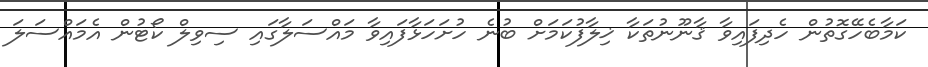
ކަމާބެހޭގޮތުން ހެދިފައިވާ ޤާނޫނުތަކާ ޚިލާފުކަމަށް ބުނެ ހުށަހަޅާފައިވާ މައްސަލާގައި ސިވިލް ކޯޓުން އެމައްސަލަ